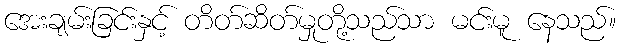
အေးချမ်းခြင်းနှင့် တိတ်ဆိတ်မှုတို့သည်သာ မင်းမူ နေသည်။